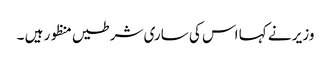
وزیر نے کہا اس کی ساری شرطیں منظور ہیں ۔